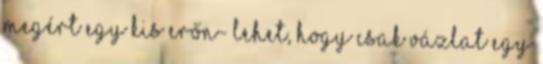
megért egy kis erőn- Lehet, hogy csak vázlat egy